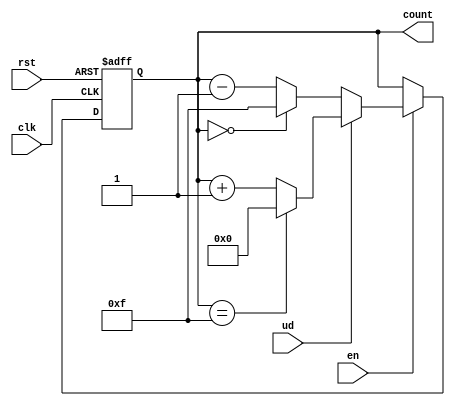
module up_down_counter (
    input wire clk,        // Clock signal
    input wire rst,        // Asynchronous reset
    input wire ud,         // Up/Down control (1 for up, 0 for down)
    input wire en,         // Enable signal
    output reg [N-1:0] count // Counter output
);
    parameter N = 4; // Define the bit-width of the counter (4 bits in this case)

    // Asynchronous reset and counting logic
    always @(posedge clk or posedge rst) begin
        if (rst) begin
            count <= 0; // Reset the counter to 0
        end else if (en) begin
            if (ud) begin
                // Increment the counter with overflow handling
                count <= (count == {N{1'b1}}) ? 0 : count + 1; // Wrap around to 0 on overflow
            end else begin
                // Decrement the counter with underflow handling
                count <= (count == 0) ? {N{1'b1}} : count - 1; // Wrap around to max value on underflow
            end
        end
    end
endmodule